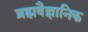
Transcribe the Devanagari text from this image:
ब्रह्मवैज्ञानिक